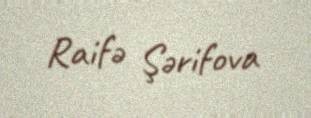
Raifə Şərifova